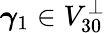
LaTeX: \boldsymbol{\gamma}_{1}\in V_{30}^{\perp}